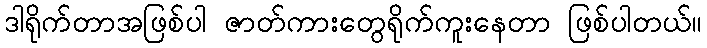
ဒါရိုက်တာအဖြစ်ပါ ဇာတ်ကားတွေရိုက်ကူးနေတာ ဖြစ်ပါတယ်။